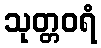
သုတ္တဝရံ